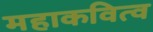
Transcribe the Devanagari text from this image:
महाकवित्व